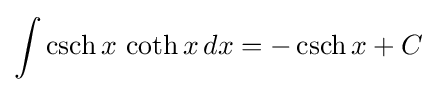
\int \operatorname {csch} x\,\operatorname {coth} x\,dx=-\operatorname {csch} x+C